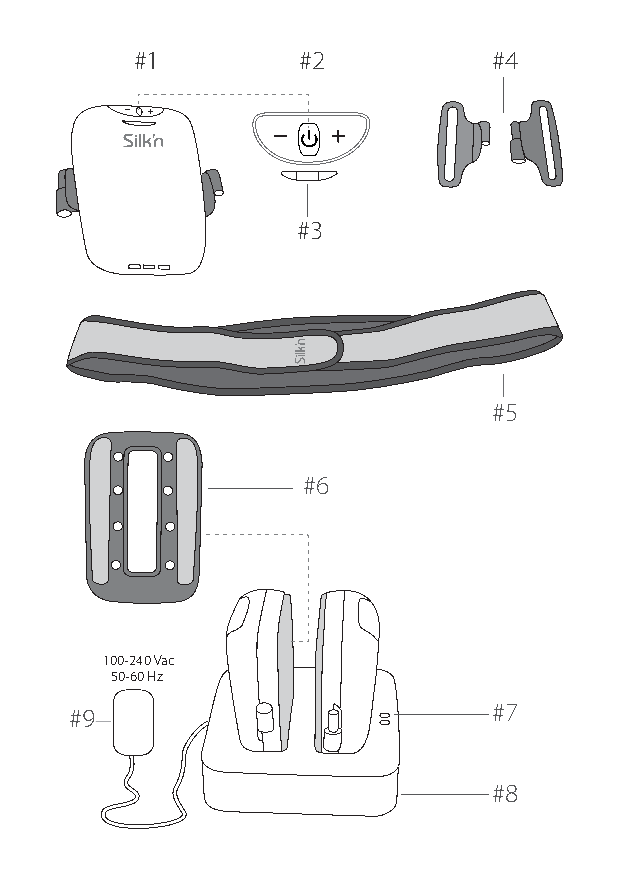
#1         #2          #4
 #3
 #5
 #6
 100-240 Vac
 50-60 Hz
 #7
 #9
 #8
 Lipo UM EU124 3545B cover ED296-03 release.indd 2                           14/08/2018 11:08:24